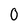
Character: 0